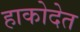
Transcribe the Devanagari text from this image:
हाकोदेत